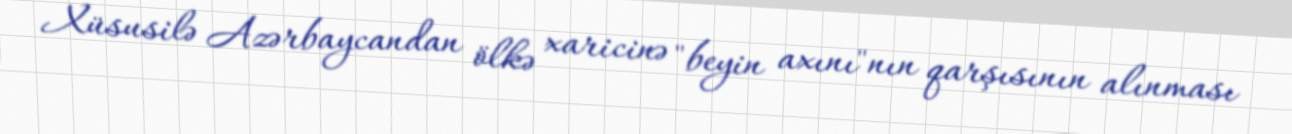
Xüsusilə Azərbaycandan ölkə xaricinə "beyin axını"nın qarşısının alınması